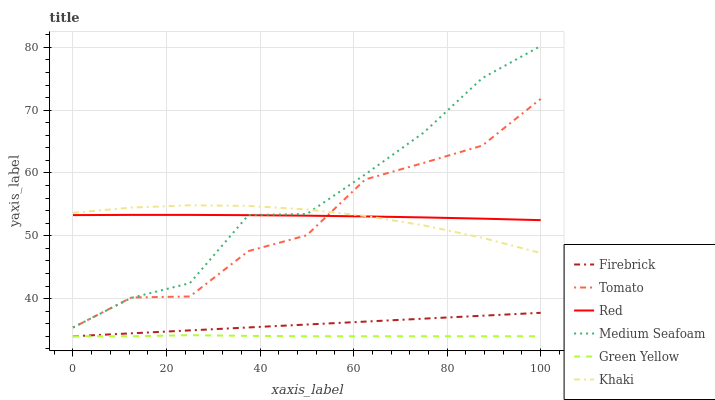
| xaxis_label | Firebrick | Tomato | Red | Medium Seafoam | Green Yellow | Khaki |
 | --- | --- | --- | --- | --- | --- | --- |
 | 0 | 34 | 35.4 | 53.3 | 35.4 | 34 | 53.7 |
 | 12.5 | 34.5 | 40.2 | 53.3 | 40.1 | 34 | 54.5 |
 | 25 | 34.9 | 40.3 | 53.3 | 42.5 | 34.2 | 54.9 |
 | 37.5 | 35.4 | 47.6 | 53.3 | 53.3 | 34.1 | 54.8 |
 | 50 | 35.9 | 50.1 | 53.2 | 53.5 | 34 | 54.2 |
 | 62.5 | 36.3 | 59 | 53.1 | 59.8 | 34 | 53.2 |
 | 75 | 36.8 | 61.6 | 52.9 | 66.4 | 34 | 51.7 |
 | 87.5 | 37.3 | 64.4 | 52.7 | 75.1 | 34 | 49.7 |
 | 100 | 37.7 | 71.8 | 52.5 | 80.2 | 34 | 47.3 |